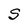
Character: S